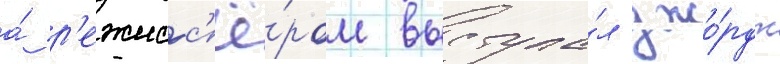
а́ р'ежисс'ё́ром выступа́л джо́рдж